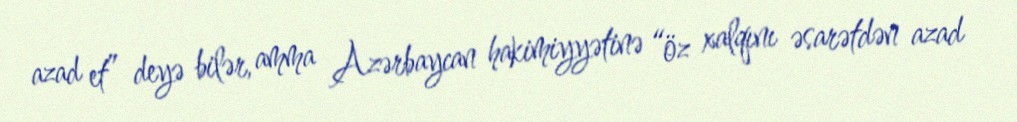
azad et” deyə bilər, amma Azərbaycan hakimiyyətinə “öz xalqını əsarətdən azad